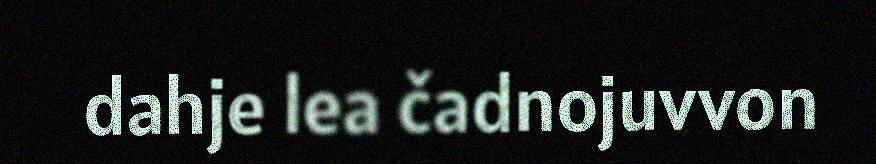
dahje lea čadnojuvvon